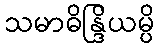
သမာဓိန္ဒြိယမ္ပိ